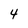
Character: 4